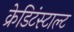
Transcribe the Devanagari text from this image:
क्रेडिटंस्टाल्ट